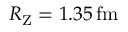
R _ { \mathrm { Z } } = 1 . 3 5 \, \mathrm { f m }